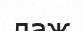
лаж